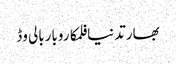
بھارتدنیافلمکاروباربالی وڈ